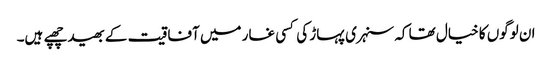
ان لوگوں کا خیال تھا کہ سنہری پہاڑ کی کسی غار میں آفاقیت کے بھید چھپے ہیں۔